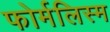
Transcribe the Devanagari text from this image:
फोर्मलिस्म